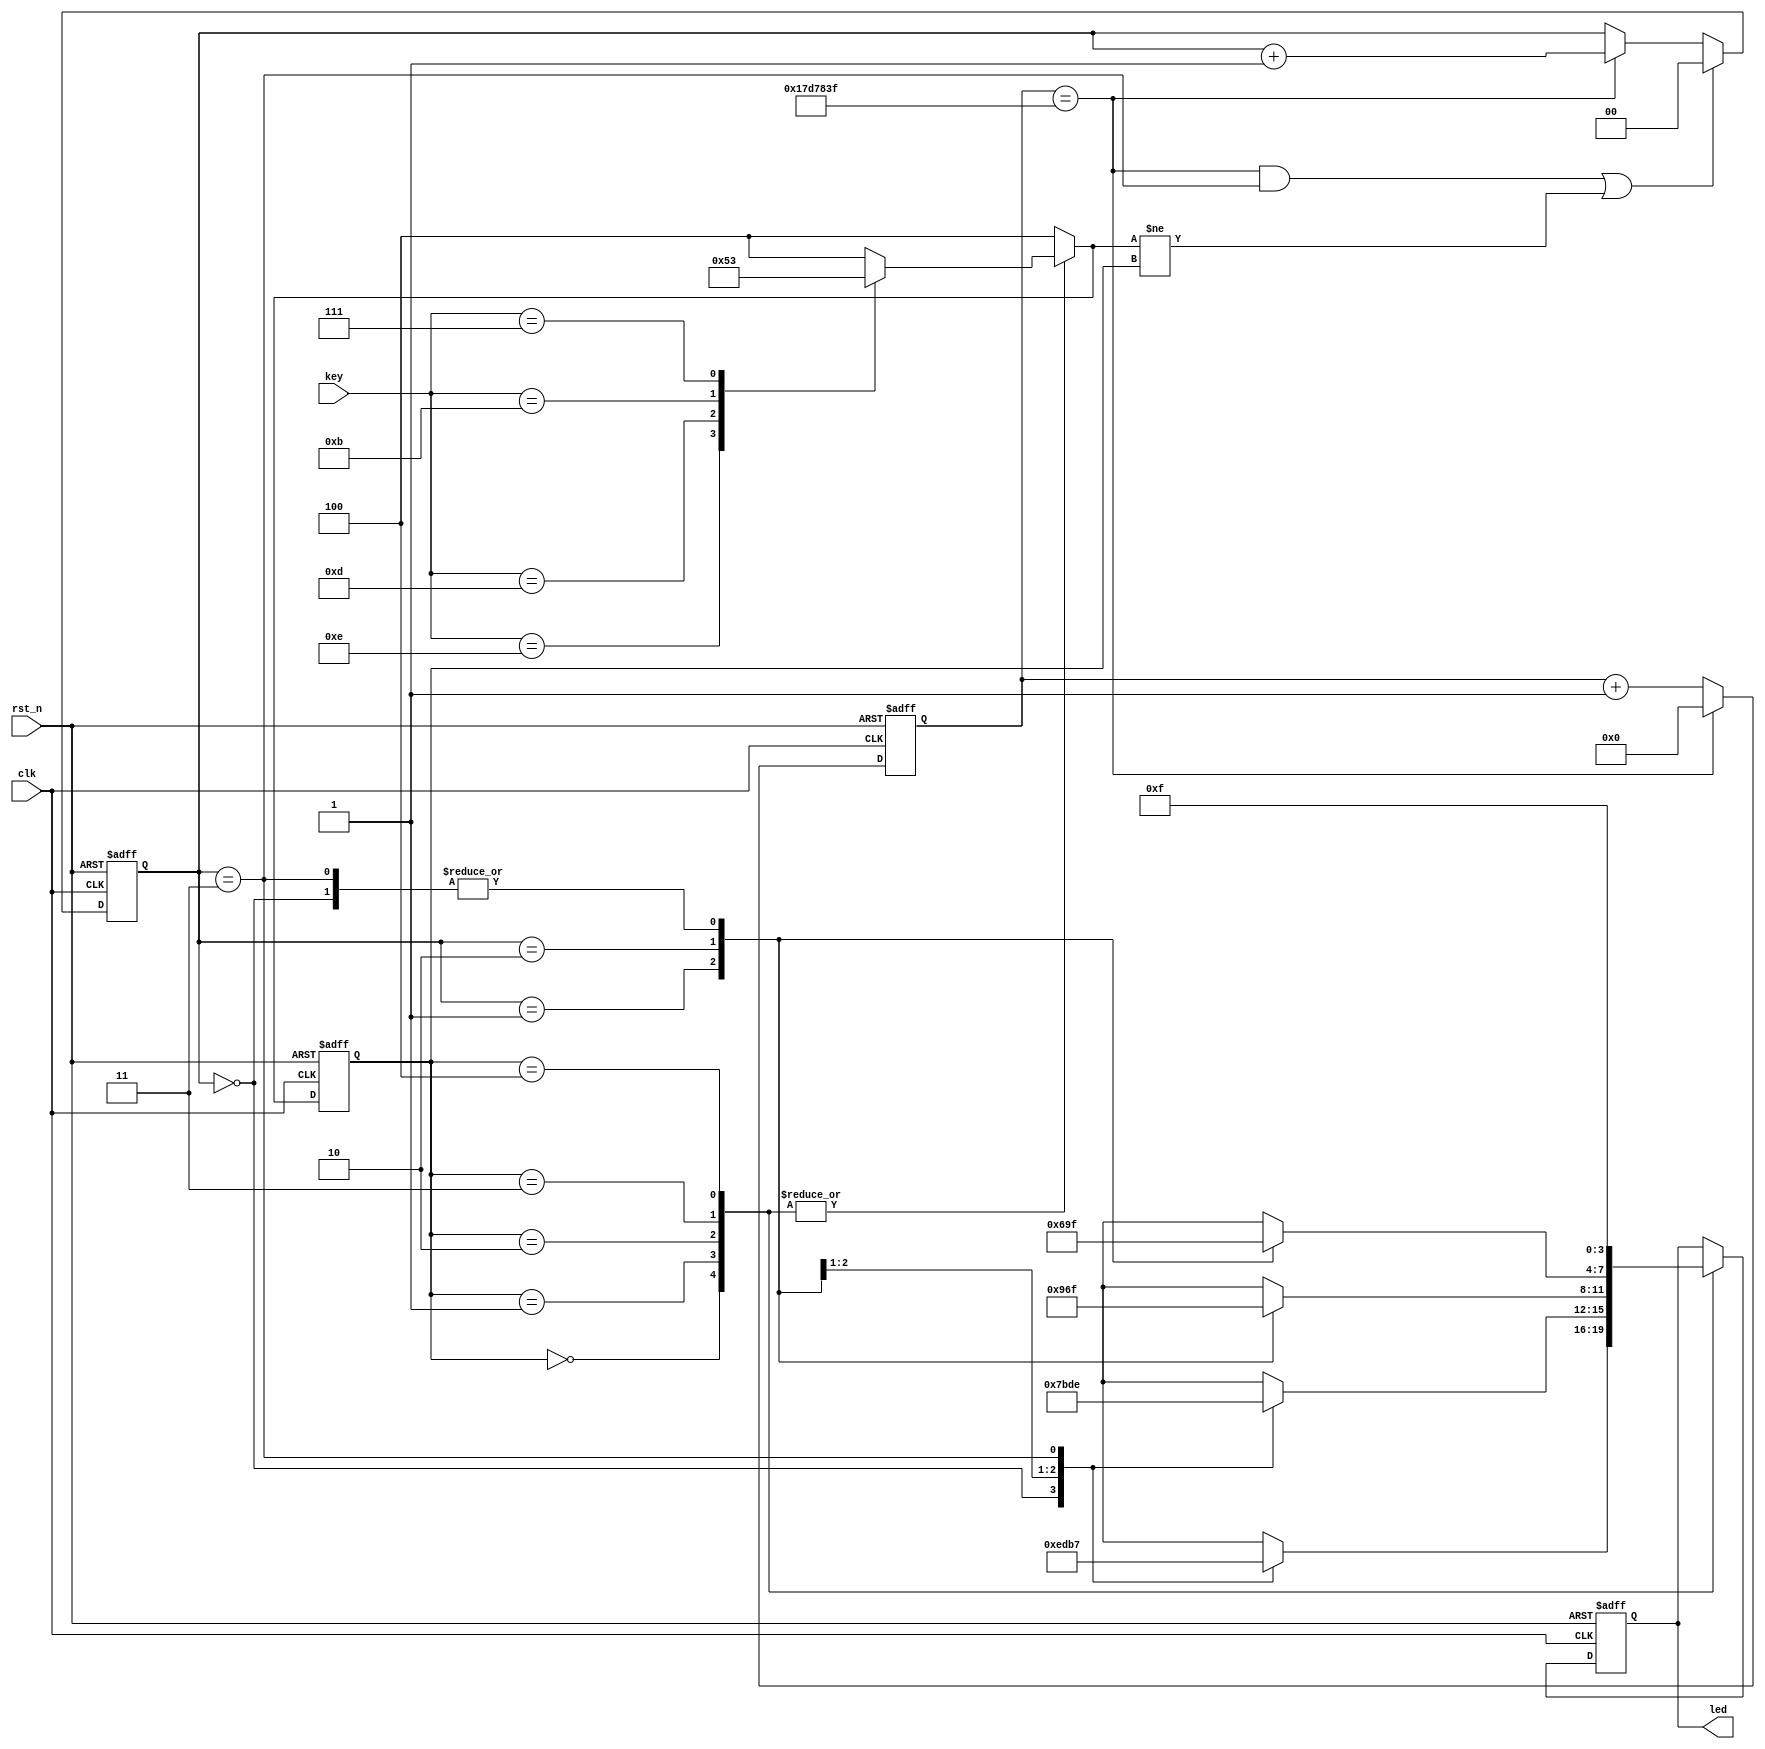
/*
	Prj name    : led
	Description : Pattern water lamp
	Author		: Must__
	Date		: 2022 / 5 / 15
*/

module led (
	//input
	input	wire			clk		,
	input	wire			rst_n		,
	input	wire	[3:0]		key		,

	//output
	output	reg	[3:0]		led
);

parameter CNT_MAX = 26'd25_000_000; // 20 * 25000000 = 500ms

//Four flashing modes
//the last is all dark
parameter S1 = 3'b000;
parameter S2 = 3'b001;
parameter S3 = 3'b010;
parameter S4 = 3'b011;
parameter S5 = 3'b100;

//state machine
reg		[2:0]	current_state; 
reg 		[2:0]	next_state;

reg		[1:0]  	mode;//four state of each flashing mode

reg		[25:0] 	cnt_500ms;  //500ms clk : 50MHz 20ns     26bit  

//cnt of 500ms
always@(posedge clk or negedge rst_n)begin				
	if(~rst_n)begin			
		cnt_500ms <= 26'd0;
	end
	else begin
		if(cnt_500ms == CNT_MAX - 1)begin
			cnt_500ms <= 26'd0;
		end
		else begin
			cnt_500ms <= cnt_500ms + 26'd1;
		end	
	end
end		
//four state of each flashing mode 
always@(posedge clk or negedge rst_n)begin	
	if(~rst_n)begin
		mode <= 2'b00;
	end
	else begin
		if((cnt_500ms == CNT_MAX - 1 && mode == 2'b11) || (next_state != current_state))begin // if()     ; 
			mode <= 2'b00;
		end
		else if(cnt_500ms == CNT_MAX - 1)begin
			mode <= mode + 1'b1;
		end
		else begin
			mode <= mode;
		end
	end
end

//next state -> current state
always@(posedge clk or negedge rst_n)begin    
	if(~rst_n)begin
		current_state <= S5;
	end
	else begin
		current_state <= next_state;
	end
end
//state transformation 
always@(*)begin //
	case(current_state)
		S1	:	begin
			case(key)
				4'b1110:next_state = S1;
				4'b1101:next_state = S2;
				4'b1011:next_state = S3;
				4'b0111:next_state = S4;
				default:next_state = S5;
			endcase
		end
		S2  :	begin
			case(key)
				4'b1110:next_state = S1;
				4'b1101:next_state = S2;
				4'b1011:next_state = S3;
				4'b0111:next_state = S4;
				default:next_state = S5;
			endcase
		end
		S3  :	begin
			case(key)
				4'b1110:next_state = S1;
				4'b1101:next_state = S2;
				4'b1011:next_state = S3;
				4'b0111:next_state = S4;
				default:next_state = S5;
			endcase
		end
		S4  :	begin
			case(key)
				4'b1110:next_state = S1;
				4'b1101:next_state = S2;
				4'b1011:next_state = S3;
				4'b0111:next_state = S4;
				default:next_state = S5;
			endcase
		end
		S5	:	begin
			case(key)
				4'b1110:next_state = S1;
				4'b1101:next_state = S2;
				4'b1011:next_state = S3;
				4'b0111:next_state = S4;
				default:next_state = S5;
			endcase
		end
		default:next_state = S5;
	endcase 
end
//output of led [3:0]
always@(posedge clk or negedge rst_n)begin
	if(~rst_n)begin
		led <= 4'b1111;
	end
	else begin
		case(current_state)
			S1  :begin			//left 
				case(mode)
					2'b00:	led <= 4'b1110;
					2'b01:	led <= 4'b1101;
					2'b10:	led <= 4'b1011;
					2'b11:	led <= 4'b0111;
					default:led <= 4'b1110;
				endcase
			end					
			S2  :begin			//right
				case(mode)
					2'b00:	led <= 4'b0111;
					2'b01:	led <= 4'b1011;
					2'b10:	led <= 4'b1101;
					2'b11:	led <= 4'b1110;
					default:led <= 4'b0111;
				endcase
			end
			S3  :begin			//divergence
				case(mode)
					2'b00:	led <= 4'b1111;
					2'b01:	led <= 4'b1001;
					2'b10:	led <= 4'b0110;
					2'b11:	led <= 4'b1111;
					default:led <= 4'b1111;
				endcase
			end
			S4  :begin			//convergence
				case(mode)
					2'b00:	led <= 4'b1111;
					2'b01:	led <= 4'b0110;
					2'b10:	led <= 4'b1001;
					2'b11:	led <= 4'b1111;
					default:led <= 4'b1111;
				endcase
			end
			S5  :begin			//all dark 
				led <= 4'b1111;
			end
		endcase
	end
end

endmodule